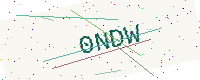
Text: 0NDW